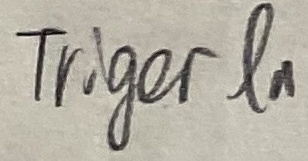
Text: TRIGER IN